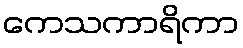
ကေသကာရိကာ